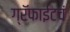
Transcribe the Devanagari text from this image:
ग्रॅफाईटचं